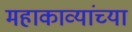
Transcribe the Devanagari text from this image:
महाकाव्यांच्या